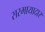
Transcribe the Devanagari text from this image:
सरमायादार